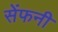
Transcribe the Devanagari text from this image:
सेंफनी